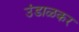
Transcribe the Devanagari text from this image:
उंडाळकर